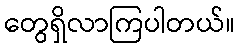
တွေရှိလာကြပါတယ်။